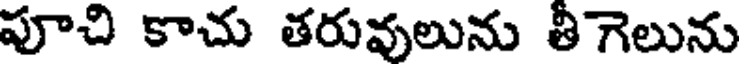
పూచి కాచు తరువులును తీగెలును